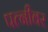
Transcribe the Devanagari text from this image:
पत्‍नीवर